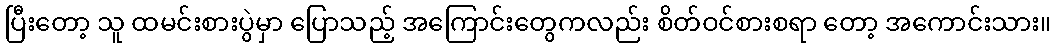
ပြီးတော့ သူ ထမင်းစားပွဲမှာ ပြောသည့် အကြောင်းတွေကလည်း စိတ်ဝင်စားစရာ တော့ အကောင်းသား။